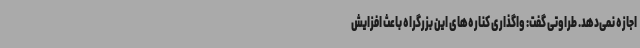
اجازه نمی‌دهد. طراوتی گفت: واگذاری کناره‌های این بزرگراه باعث افزایش